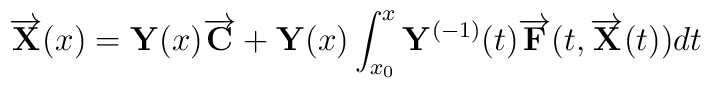
\overrightarrow{{\bf X}}(x) = {\bf Y}(x) \overrightarrow{{\bf C}} +{\bf Y}(x) \int_{x_0}^x{\bf Y}^{(-1)}(t)\overrightarrow{{\bf F}}(t,\overrightarrow{{\bf X}}(t))dt